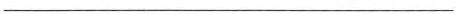
___